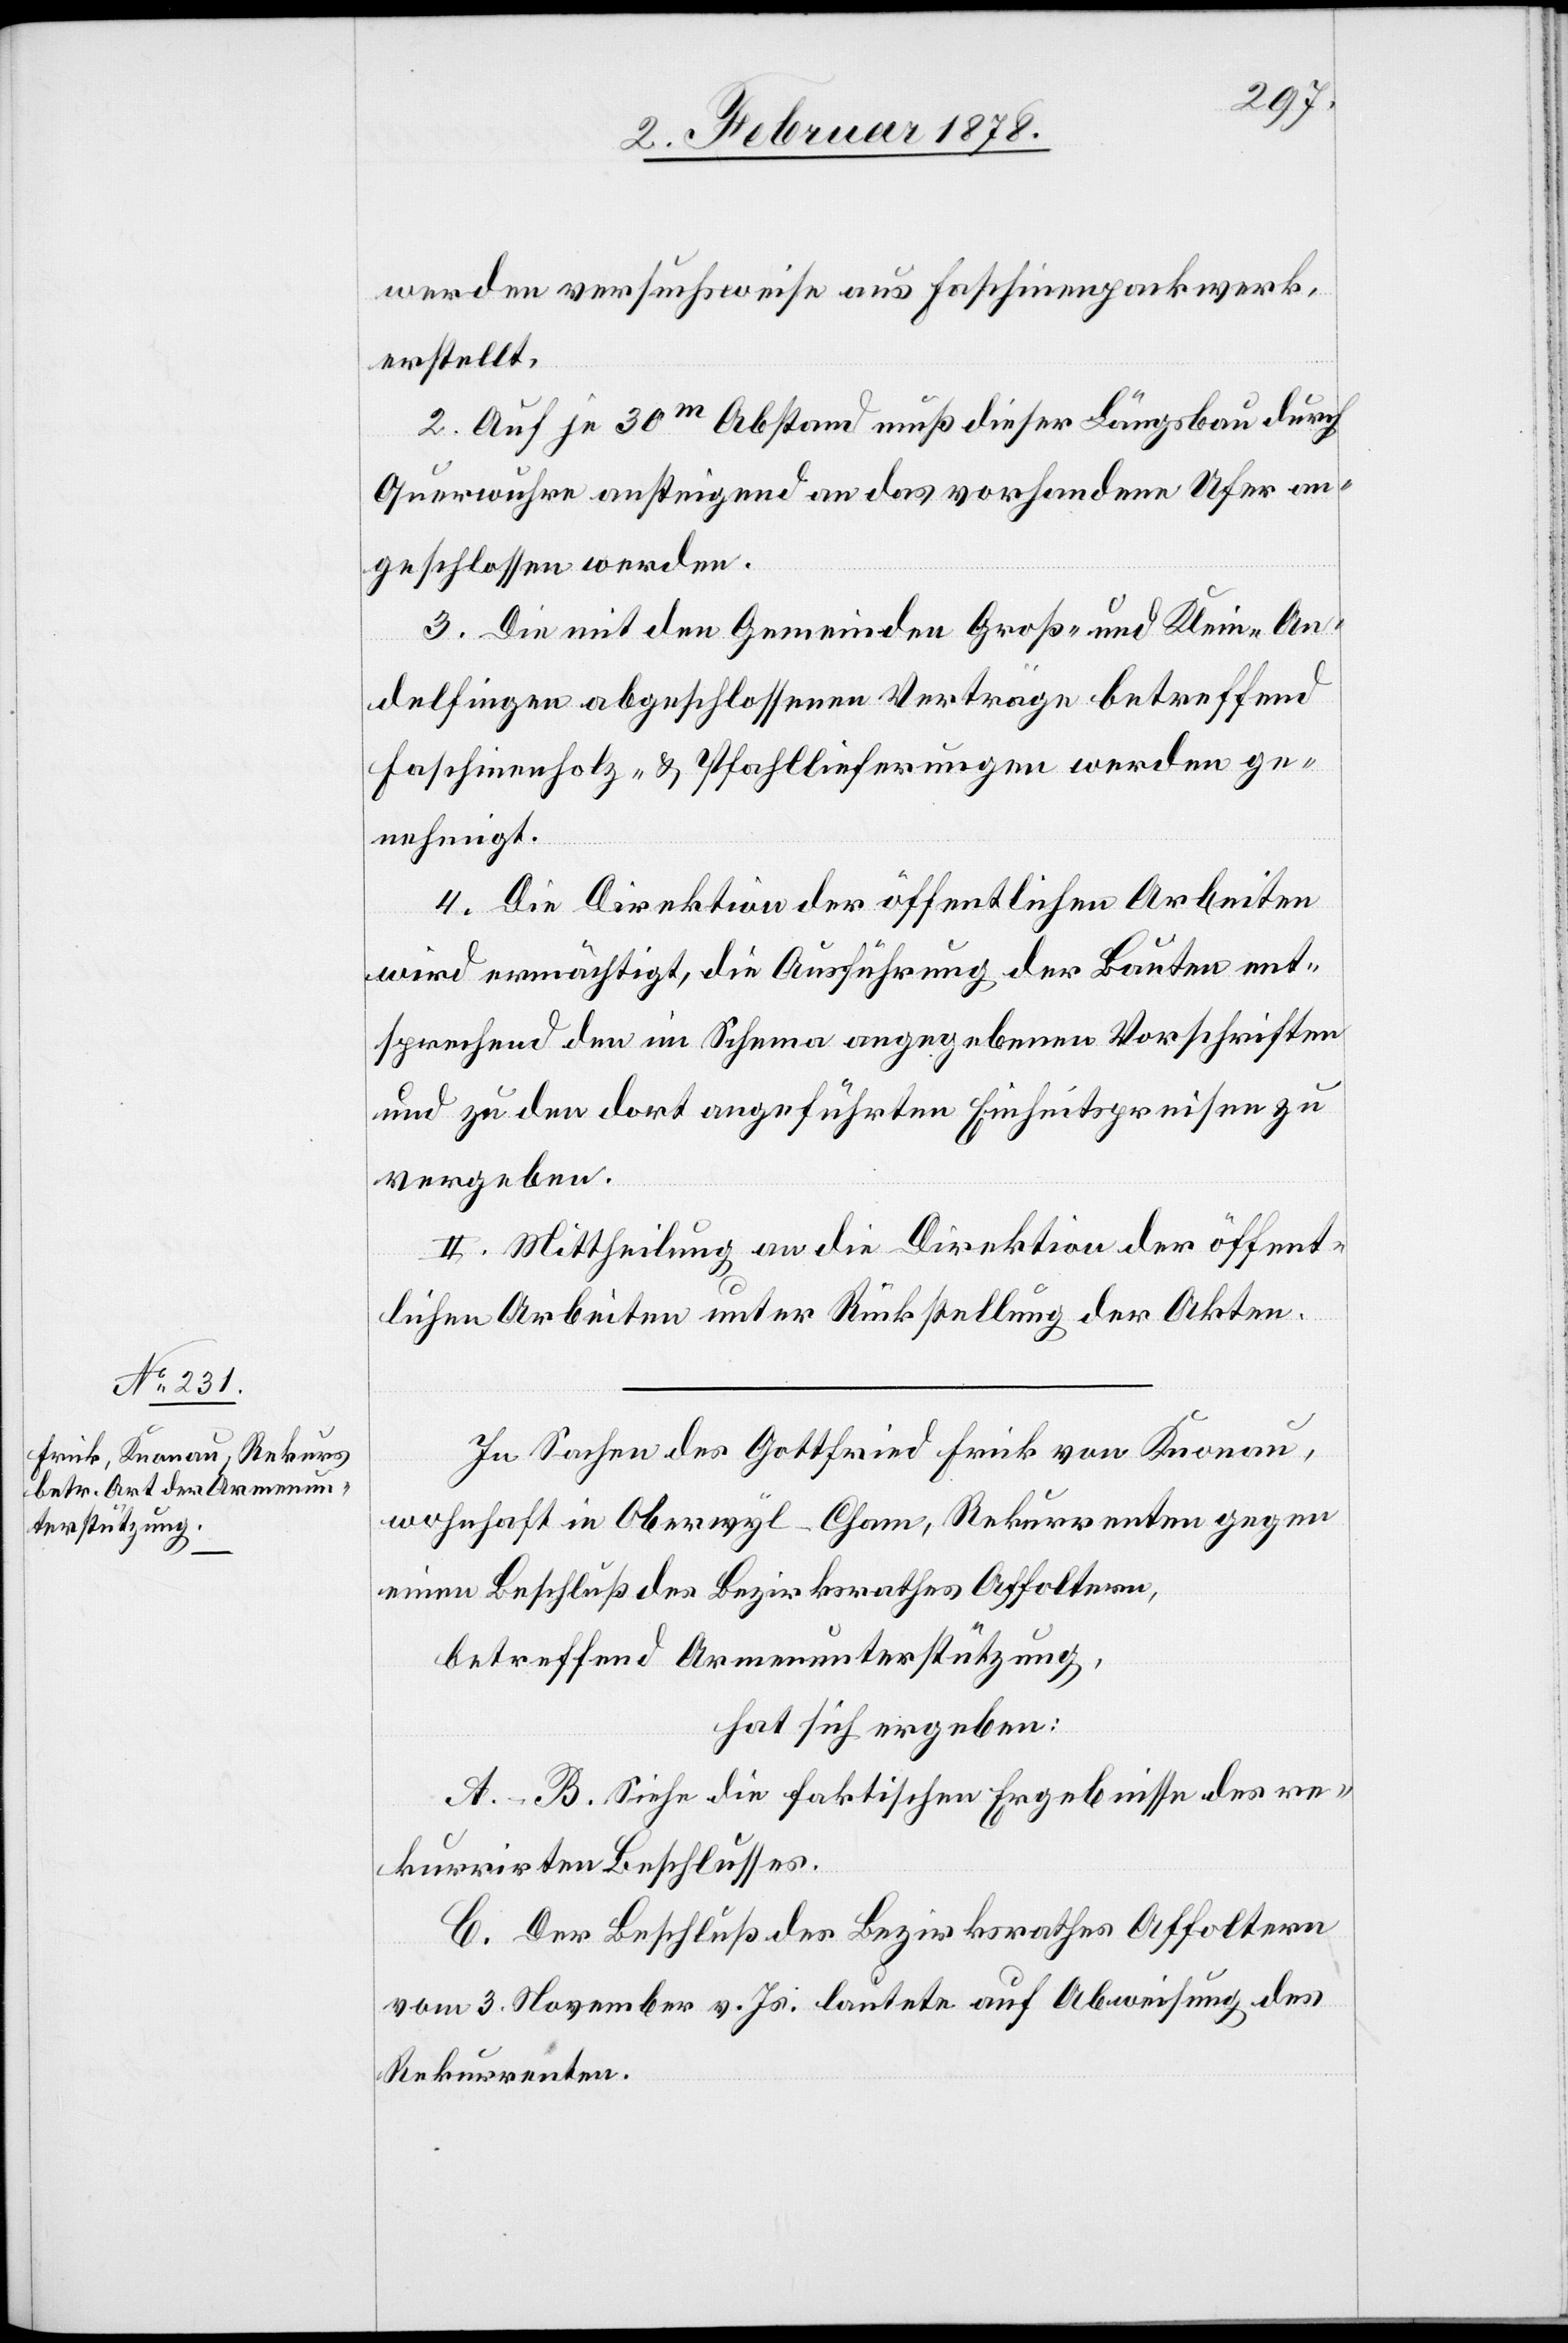
werden versuchsweise aus Faschinenpackwerk
erstellt.
2. Auf je 30m Abstand muß dieser Längsbau durch
Querwuhre ansteigend an das vorhandene Ufer an¬
geschlossen werden.
3. Die mit den Gemeinden Groß- und Klein-An¬
delfingen abgeschlossenen Verträge betreffend
Faschinenholz- & Pfahllieferungen werden ge¬
nehmigt.
4. Die Direktion der öffentlichen Arbeiten
wird ermächtigt, die Ausführung der Bauten ent¬
sprechend den im Schema angegebenen Vorschriften
und zu den dort angeführten Einheitspreisen zu
vergeben.
II. Mittheilung an die Direktion der öffent¬
lichen Arbeiten unter Rückstellung der Akten.
In Sachen des Gottfried Frick von Knonau,
wohnhaft in Oberwyl Cham, Rekurrenten gegen
einen Beschluß des Bezirksrathes Affoltern,
betreffend Armenunterstützung,
hat sich ergeben:
A.–B. Siehe die faktischen Ergebnisse des re¬
kurrirten Beschlusses.
C. Der Beschluß des Bezirksrathes Affoltern
vom 3. November v. Js. lautete auf Abweisung des
Rekurrenten.